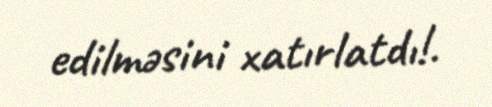
edilməsini xatırlatdı!.